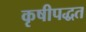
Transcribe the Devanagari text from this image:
कृषीपद्धत